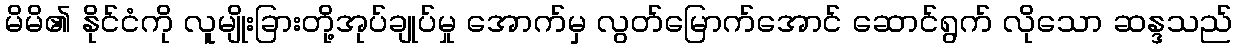
မိမိ၏ နိုင်ငံကို လူမျိုးခြားတို့အုပ်ချုပ်မှု အောက်မှ လွတ်မြောက်အောင် ဆောင်ရွက် လိုသော ဆန္ဒသည်